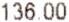
136.00